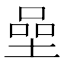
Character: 𡍸